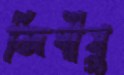
জিগীষু